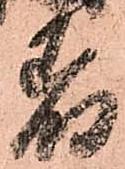
着